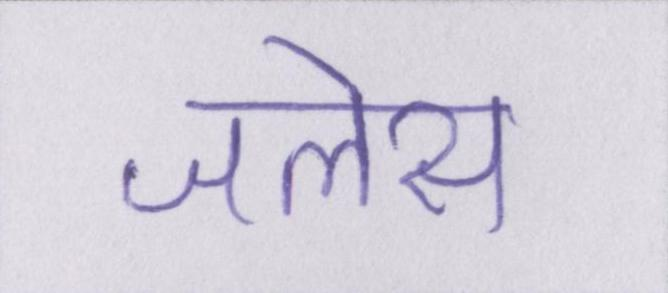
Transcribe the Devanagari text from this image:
जलेस